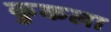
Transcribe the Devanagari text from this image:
कुकला